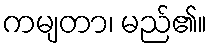
ကမျတာ၊ မည်၏။